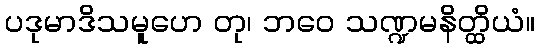
ပဒုမာဒိသမူဟေ တု၊ ဘဝေ သဏ္ဍမနိတ္ထိယံ။